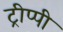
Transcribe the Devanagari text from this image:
ट्रीप्पी